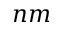
n m